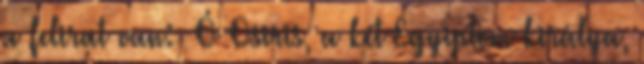
a felirat van: «Ó Osiris, a két Egyiptom királya,